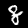
Digit: 8